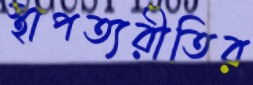
স্থাপত্যরীতির